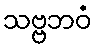
သဗ္ဗဘဝံ